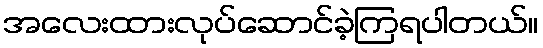
အလေးထားလုပ်ဆောင်ခဲ့ကြရပါတယ်။